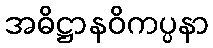
အဓိဋ္ဌာနဝိကပ္ပနာ